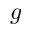
g